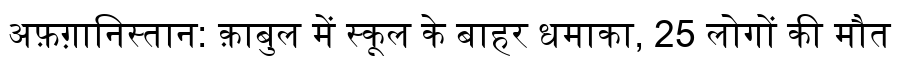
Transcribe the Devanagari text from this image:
अफ़ग़ानिस्तान: क़ाबुल में स्कूल के बाहर धमाका, 25 लोगों की मौत